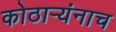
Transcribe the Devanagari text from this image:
कोठार्‍यंनाच